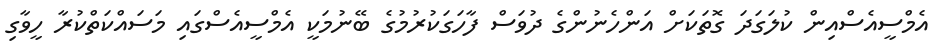
އެމްސީއެސްއިން ކުލަގަދަ ގޮތަކަށް އަންހެނުންގެ ދުވަސް ފާހަގަކުރުމުގެ ބޭނުމަކީ އެމްސީއެސްގައި މަސައްކަތްކުރާ ހީވާގި